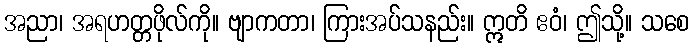
အညာ၊ အရဟတ္တဖိုလ်ကို။ ဗျာကတာ၊ ကြားအပ်သနည်း။ ဣတိ ဧဝံ၊ ဤသို့။ သစေ